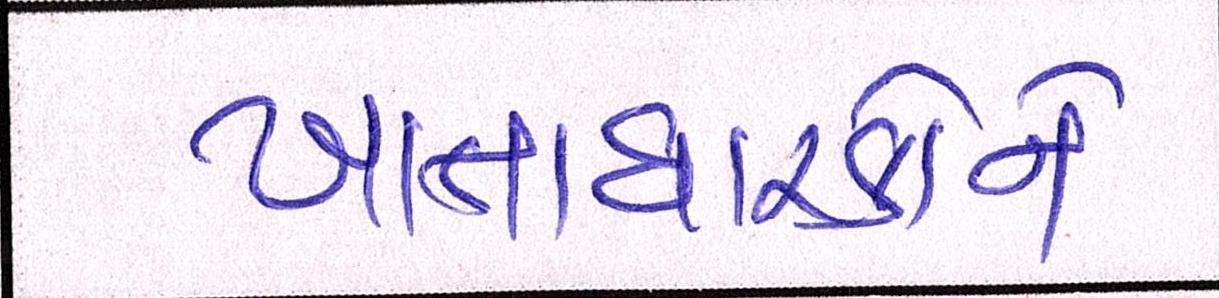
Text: ખાતાધારકોને